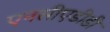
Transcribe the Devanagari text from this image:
एनसीएडीडी